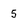
Character: 5